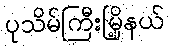
ပုသိမ်ကြီးမြို့နယ်